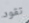
تقود